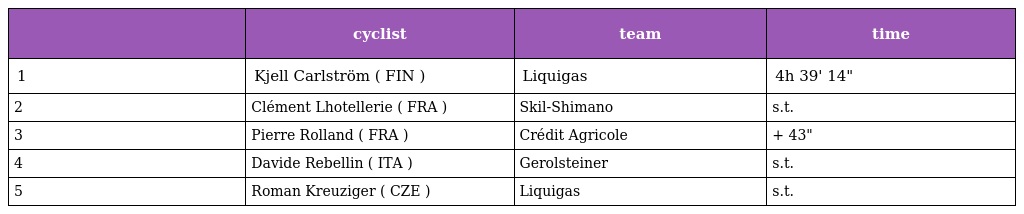
|  | cyclist | team | time |
 | --- | --- | --- | --- |
 | 1 | Kjell Carlström ( FIN ) | Liquigas | 4h 39' 14" |
 | 2 | Clément Lhotellerie ( FRA ) | Skil-Shimano | s.t. |
 | 3 | Pierre Rolland ( FRA ) | Crédit Agricole | + 43" |
 | 4 | Davide Rebellin ( ITA ) | Gerolsteiner | s.t. |
 | 5 | Roman Kreuziger ( CZE ) | Liquigas | s.t. |